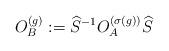
LaTeX: \begin{align*} O_B^{(g)}:=\widehat S^{-1}O_A^{(\sigma(g))}\widehat S \end{align*}